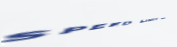
SPEED LIMIT 60